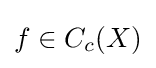
f\in C_{c}(X)